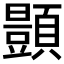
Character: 𫖥